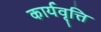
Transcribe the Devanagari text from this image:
कार्यवृत्ति